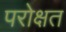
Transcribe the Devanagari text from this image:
परोक्षत